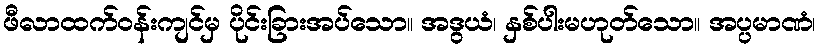
ဖီလာထက်ဝန်းကျင်မှ ပိုင်းခြားအပ်သော။ အဒွယံ၊ နှစ်ပါးမဟုတ်သော။ အပ္ပမာဏံ၊